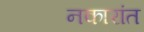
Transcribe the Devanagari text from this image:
नकारांत